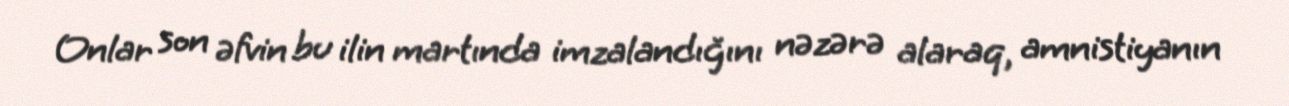
Onlar son əfvin bu ilin martında imzalandığını nəzərə alaraq, amnistiyanın